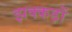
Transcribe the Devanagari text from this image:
झक्कड़ों